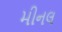
મીનલ